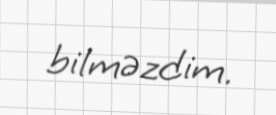
bilməzdim.